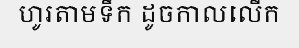
ហូរតាមទឹក ដូចកាលលើក